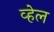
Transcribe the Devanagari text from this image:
व्‍हेल